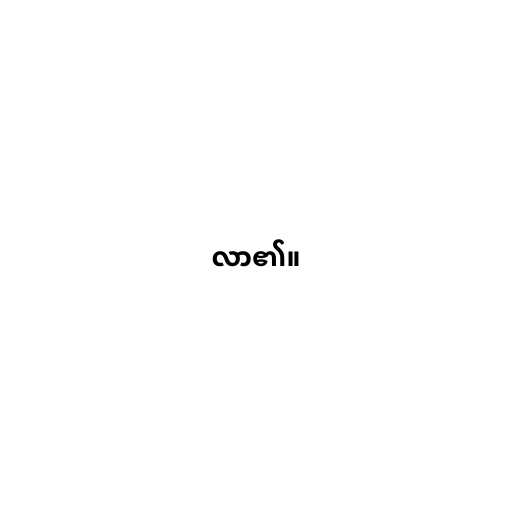
လာ၏။